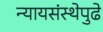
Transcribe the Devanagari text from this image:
न्यायसंस्थेपुढे